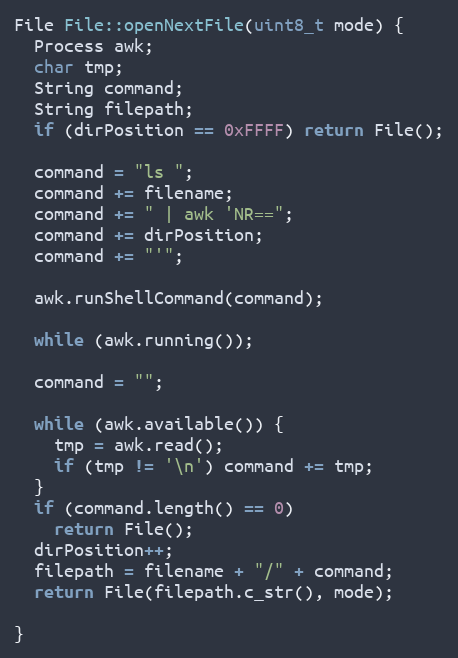
Language: C++
File File::openNextFile(uint8_t mode) {
  Process awk;
  char tmp;
  String command;
  String filepath;
  if (dirPosition == 0xFFFF) return File();

  command = "ls ";
  command += filename;
  command += " | awk 'NR==";
  command += dirPosition;
  command += "'";

  awk.runShellCommand(command);

  while (awk.running());

  command = "";

  while (awk.available()) {
    tmp = awk.read();
    if (tmp != '\n') command += tmp;
  }
  if (command.length() == 0)
    return File();
  dirPosition++;
  filepath = filename + "/" + command;
  return File(filepath.c_str(), mode);

}